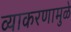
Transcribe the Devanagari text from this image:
व्याकरणामुळे